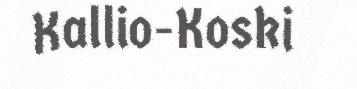
Kallio-Koski